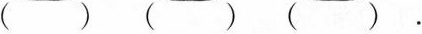
( ) ( ) ( ) .